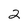
Character: 2